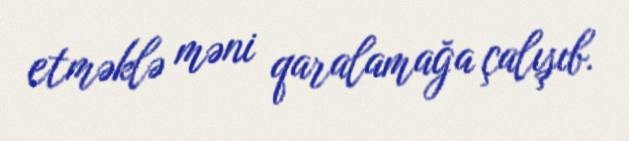
etməklə məni qaralamağa çalışıb.